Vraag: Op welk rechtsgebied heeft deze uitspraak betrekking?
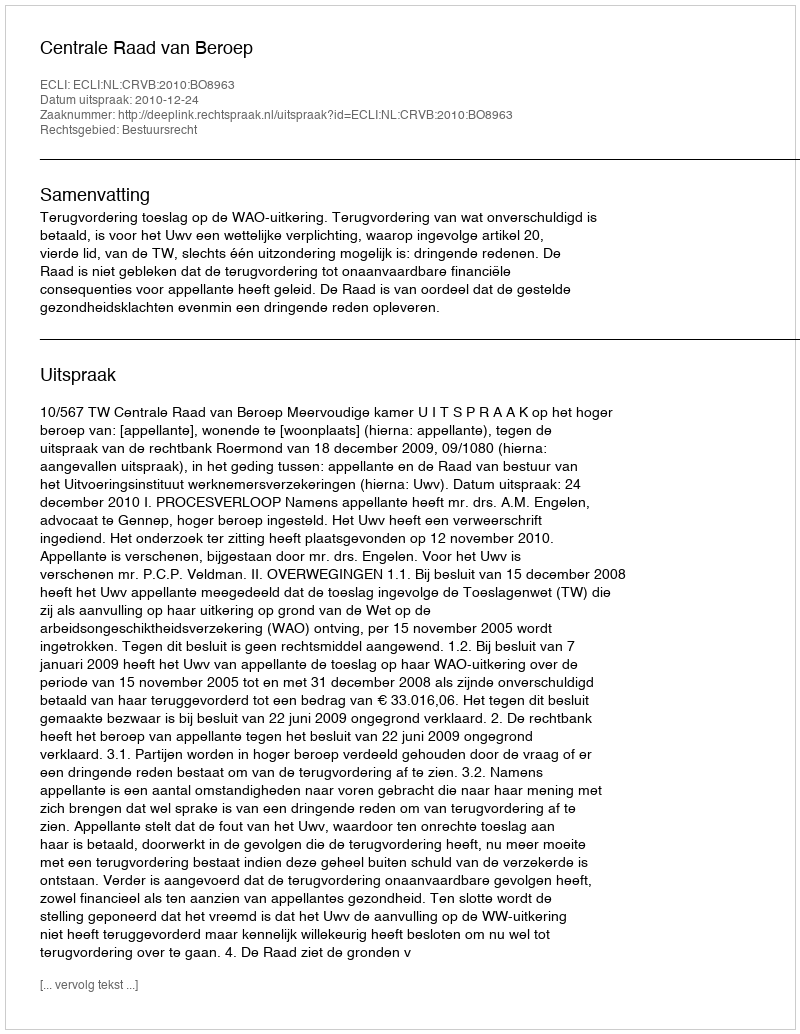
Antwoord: Bestuursrecht